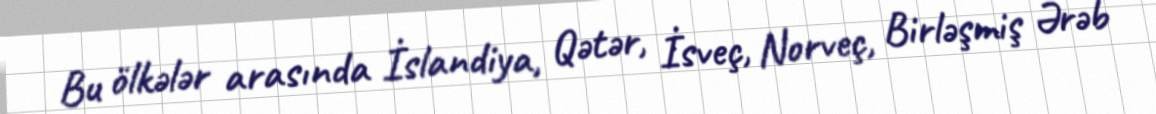
Bu ölkələr arasında İslandiya, Qətər, İsveç, Norveç, Birləşmiş Ərəb